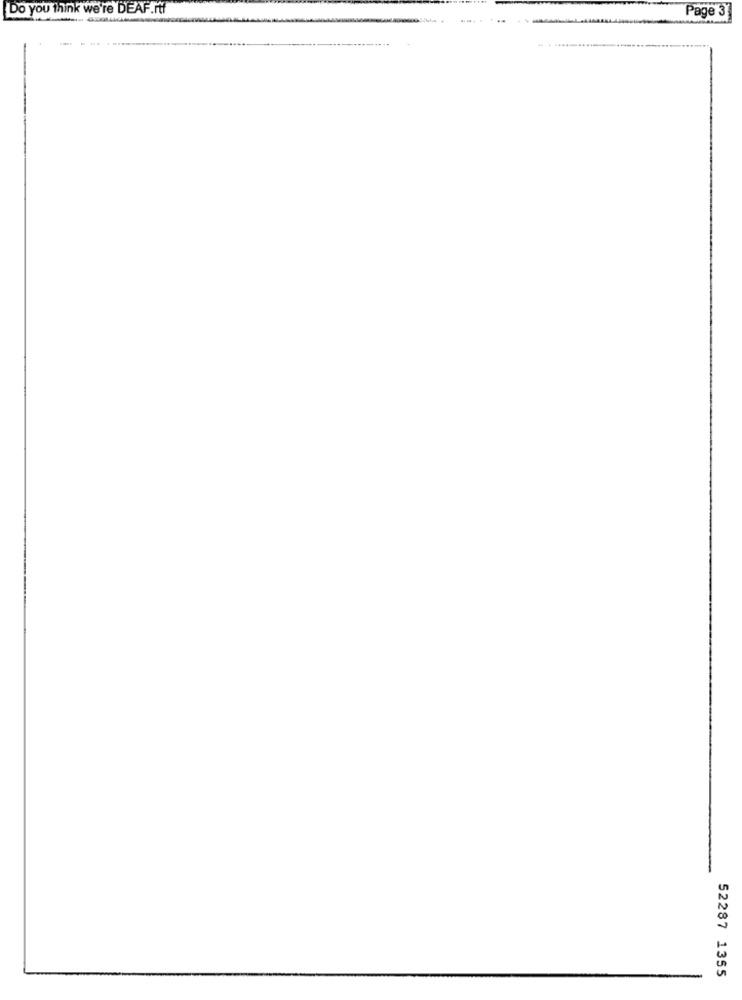
Do you think we're DEAF.rtf
Page 3
--.
52287 1355